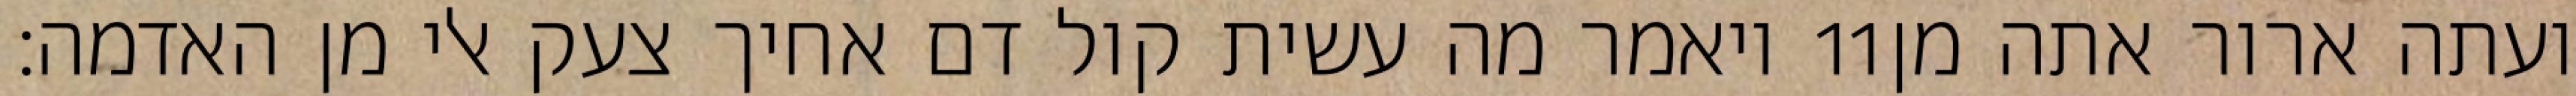
ויאמר מה עשית קול דם אחיך צעק אלי מן האדמה׃ ‎11‏ ועתה ארור אתה מן